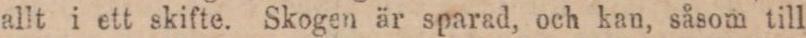
allt i ett skifte. Skogen är sparad, och kan, såsom till